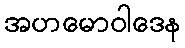
အဟမောဝါဒေန